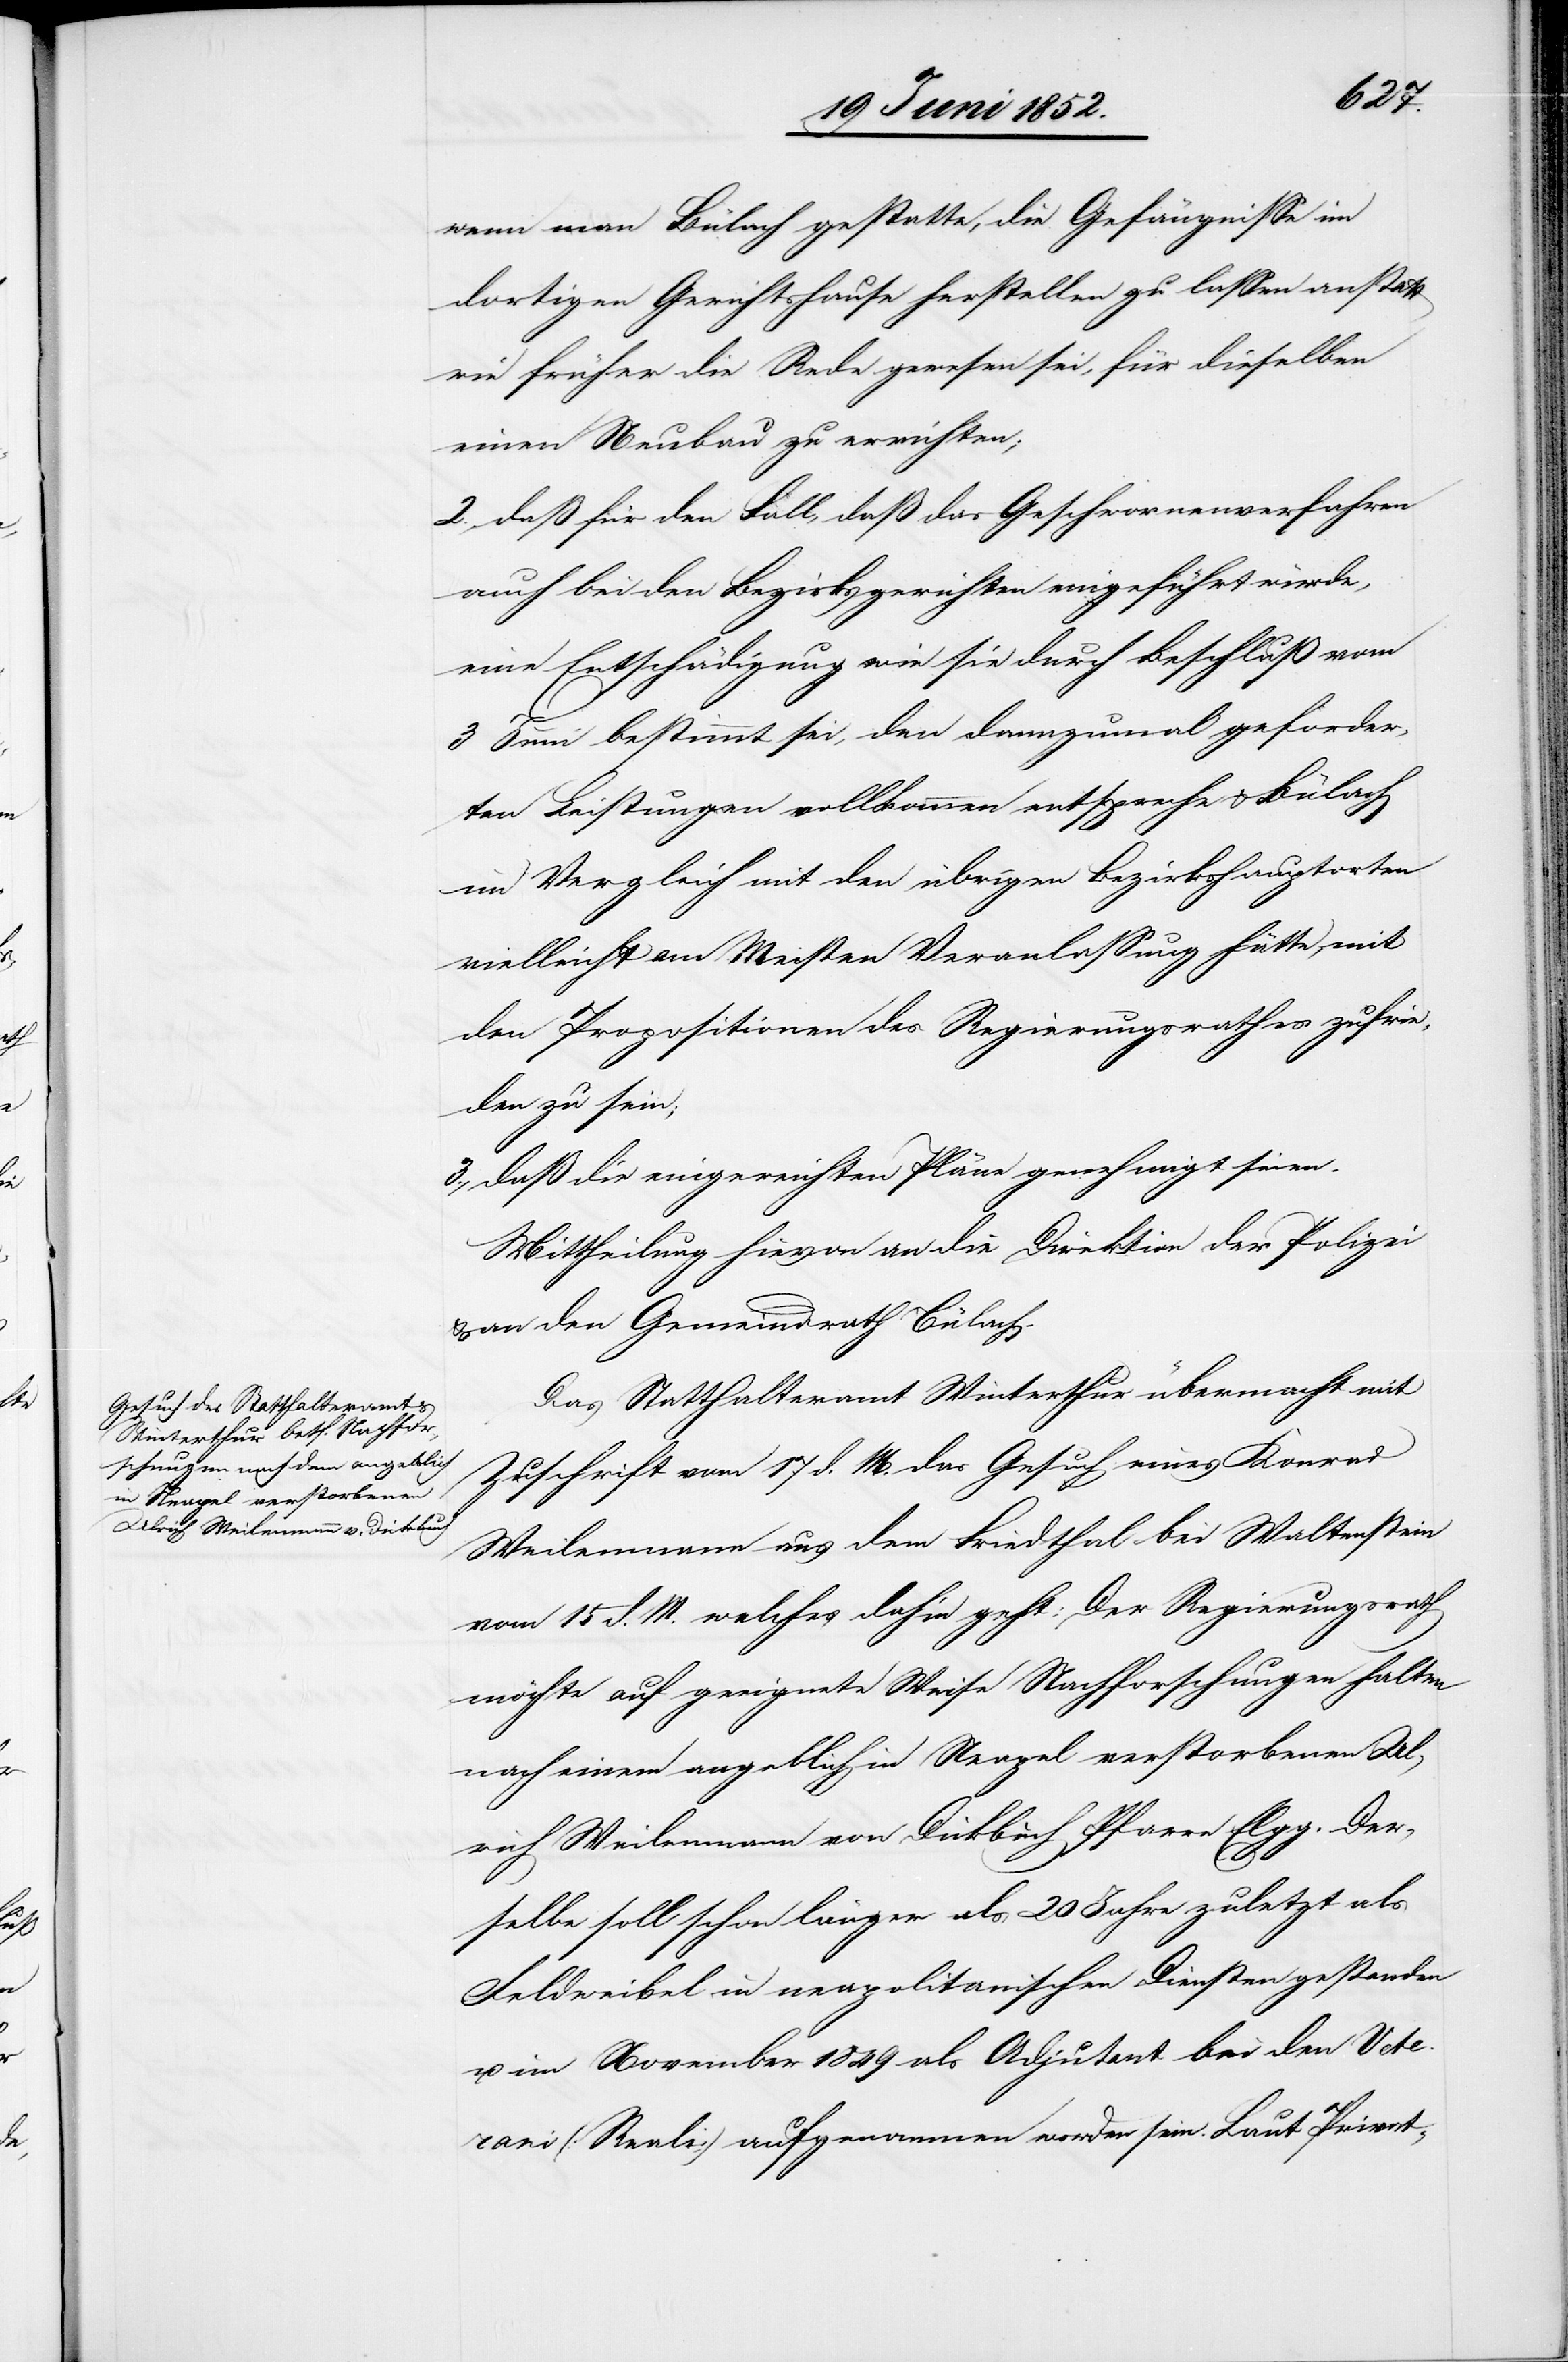
wenn man Bülach gestatte, die Gefängnisse im
dortigen Gerichtshause herstellen zu lassen anstatt
wie früher die Rede gewesen sei, für dieselben
einen Neubau zu errichten;
2., daß für den Fall, daß das Geschwornenverfahren
auch bei den Bezirksgerichten eingeführt würde,
eine Entschädigung wie sie durch Beschluß vom
3 Juni bestimmt sei, den dannzumal geforder¬
ten Leistungen vollkommen entspreche & Bülach
im Vergleich mit den übrigen Bezirkshauptorten
vielleicht am Meisten Veranlassung hätte, mit
den Propositionen des Regierungsrathes zufrie¬
den zu sein;
3., daß die eingereichten Pläne genehmigt seien.
Mittheilung hievon an die Direktion der Polizei
& an den Gemeindrath Bülach.
Das Statthalteramt Winterthur übermacht mit
Zuschrift vom 17 d. M. das Gesuch eines Konrad
Weilenmann aus dem Friedthal bei Waltenstein
vom 15 d. M. welches dahin geht: Der Regierungsrath
möchte auf geeignete Weise Nachforschungen halten
nach einem angeblich in Neapel verstorbenen Ul¬
rich Weilenmann von Dickbuch Pfarre Elgg. Der¬
selbe soll schon länger als 20 Jahre zuletzt als
Feldweibel in neapolitanischen Diensten gestanden
u. im November 1849 als Adjutant bei dem Vete¬
rani (Reali) aufgenommen worden sein. Laut Privat-